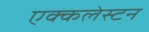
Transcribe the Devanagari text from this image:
एक्कलेस्टन